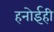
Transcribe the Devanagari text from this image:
हनोईही